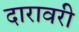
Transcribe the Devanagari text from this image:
दारावरी